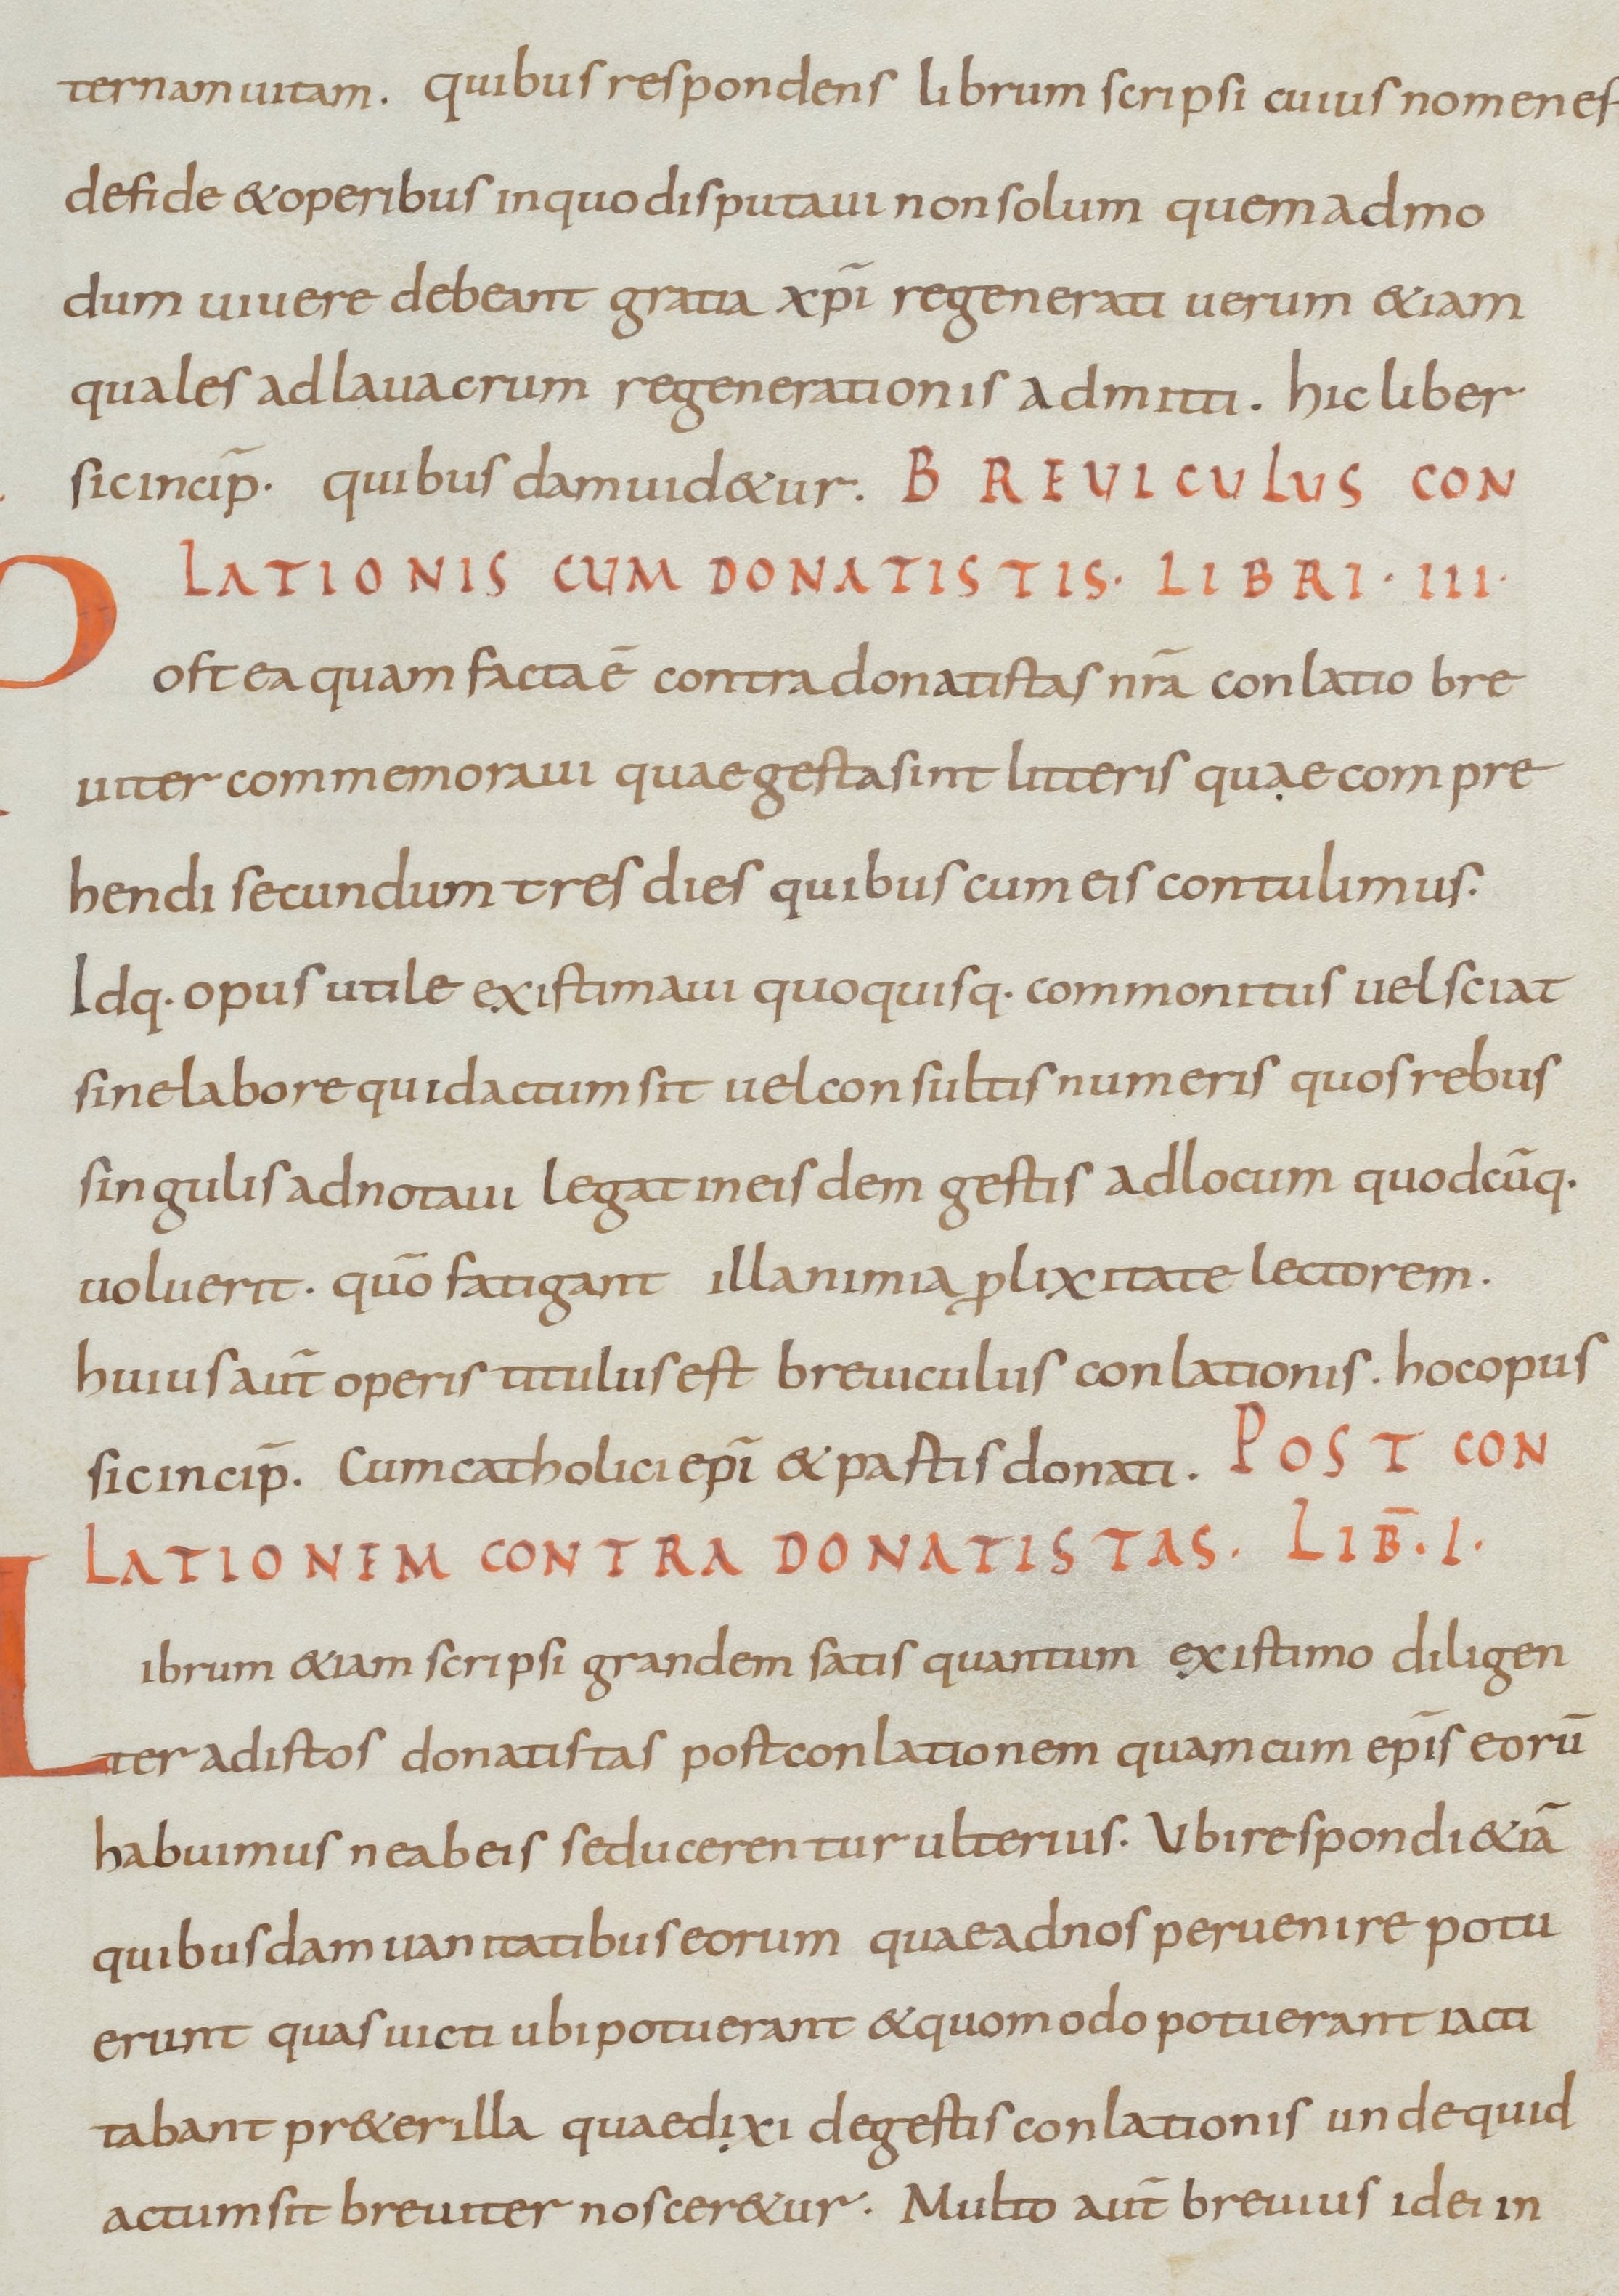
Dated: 800–899